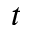
t